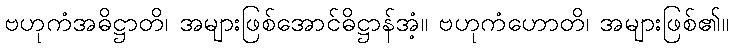
ဗဟုကံအဓိဋ္ဌာတိ၊ အများဖြစ်အောင်ဓိဋ္ဌာန်အံ့။ ဗဟုကံဟောတိ၊ အများဖြစ်၏။